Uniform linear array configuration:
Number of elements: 4
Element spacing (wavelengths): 0.25
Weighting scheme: hamming
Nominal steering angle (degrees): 60
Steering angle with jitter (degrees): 59.586
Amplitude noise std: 0.05
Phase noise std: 0.05

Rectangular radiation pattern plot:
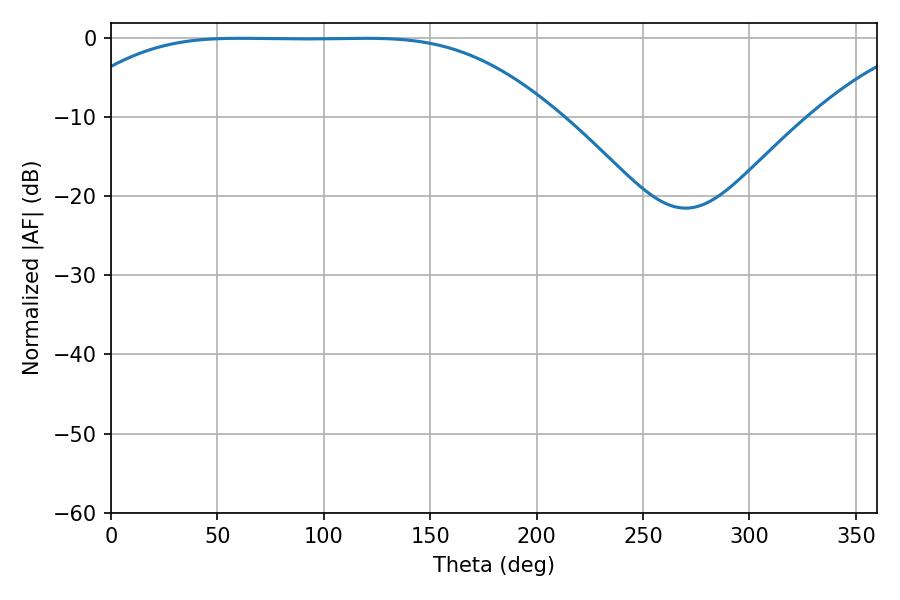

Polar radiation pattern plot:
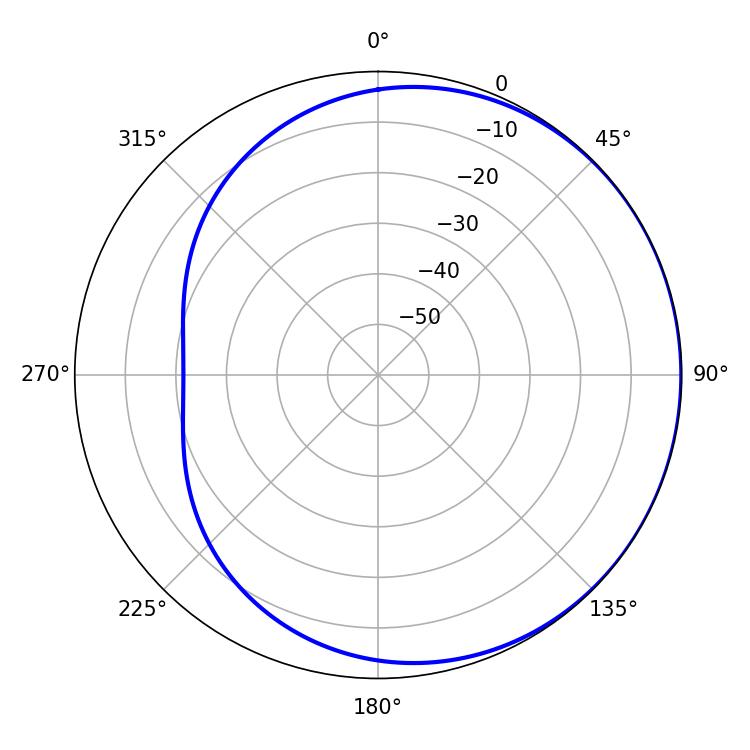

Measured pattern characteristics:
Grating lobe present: FALSE
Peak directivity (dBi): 0.49
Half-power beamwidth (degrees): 172.08
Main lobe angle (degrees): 60.48